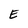
Character: E